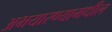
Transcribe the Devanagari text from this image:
अभयारण्यामधील